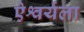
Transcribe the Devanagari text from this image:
ऐश्वर्यला